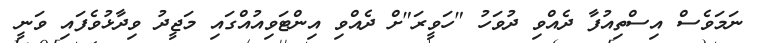
ނަމަވެސް އިސްތިއުފާ ދެއްވި ދުވަހު "ހަވީރަ"ށް ދެއްވި އިންޓަވިއުއްގައި މަޖީދު ވިދާޅުވެފައި ވަނީ